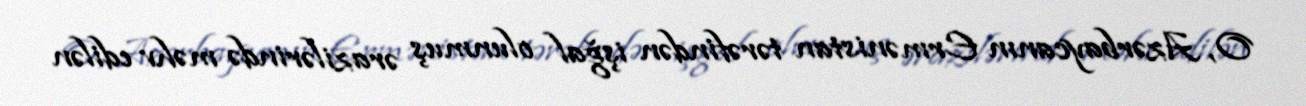
O, Azərbaycanın Ermənistan tərəfindən işğal olunmuş ərazilərində məhv edilən